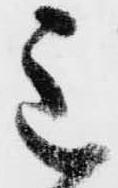
主